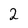
Character: 2